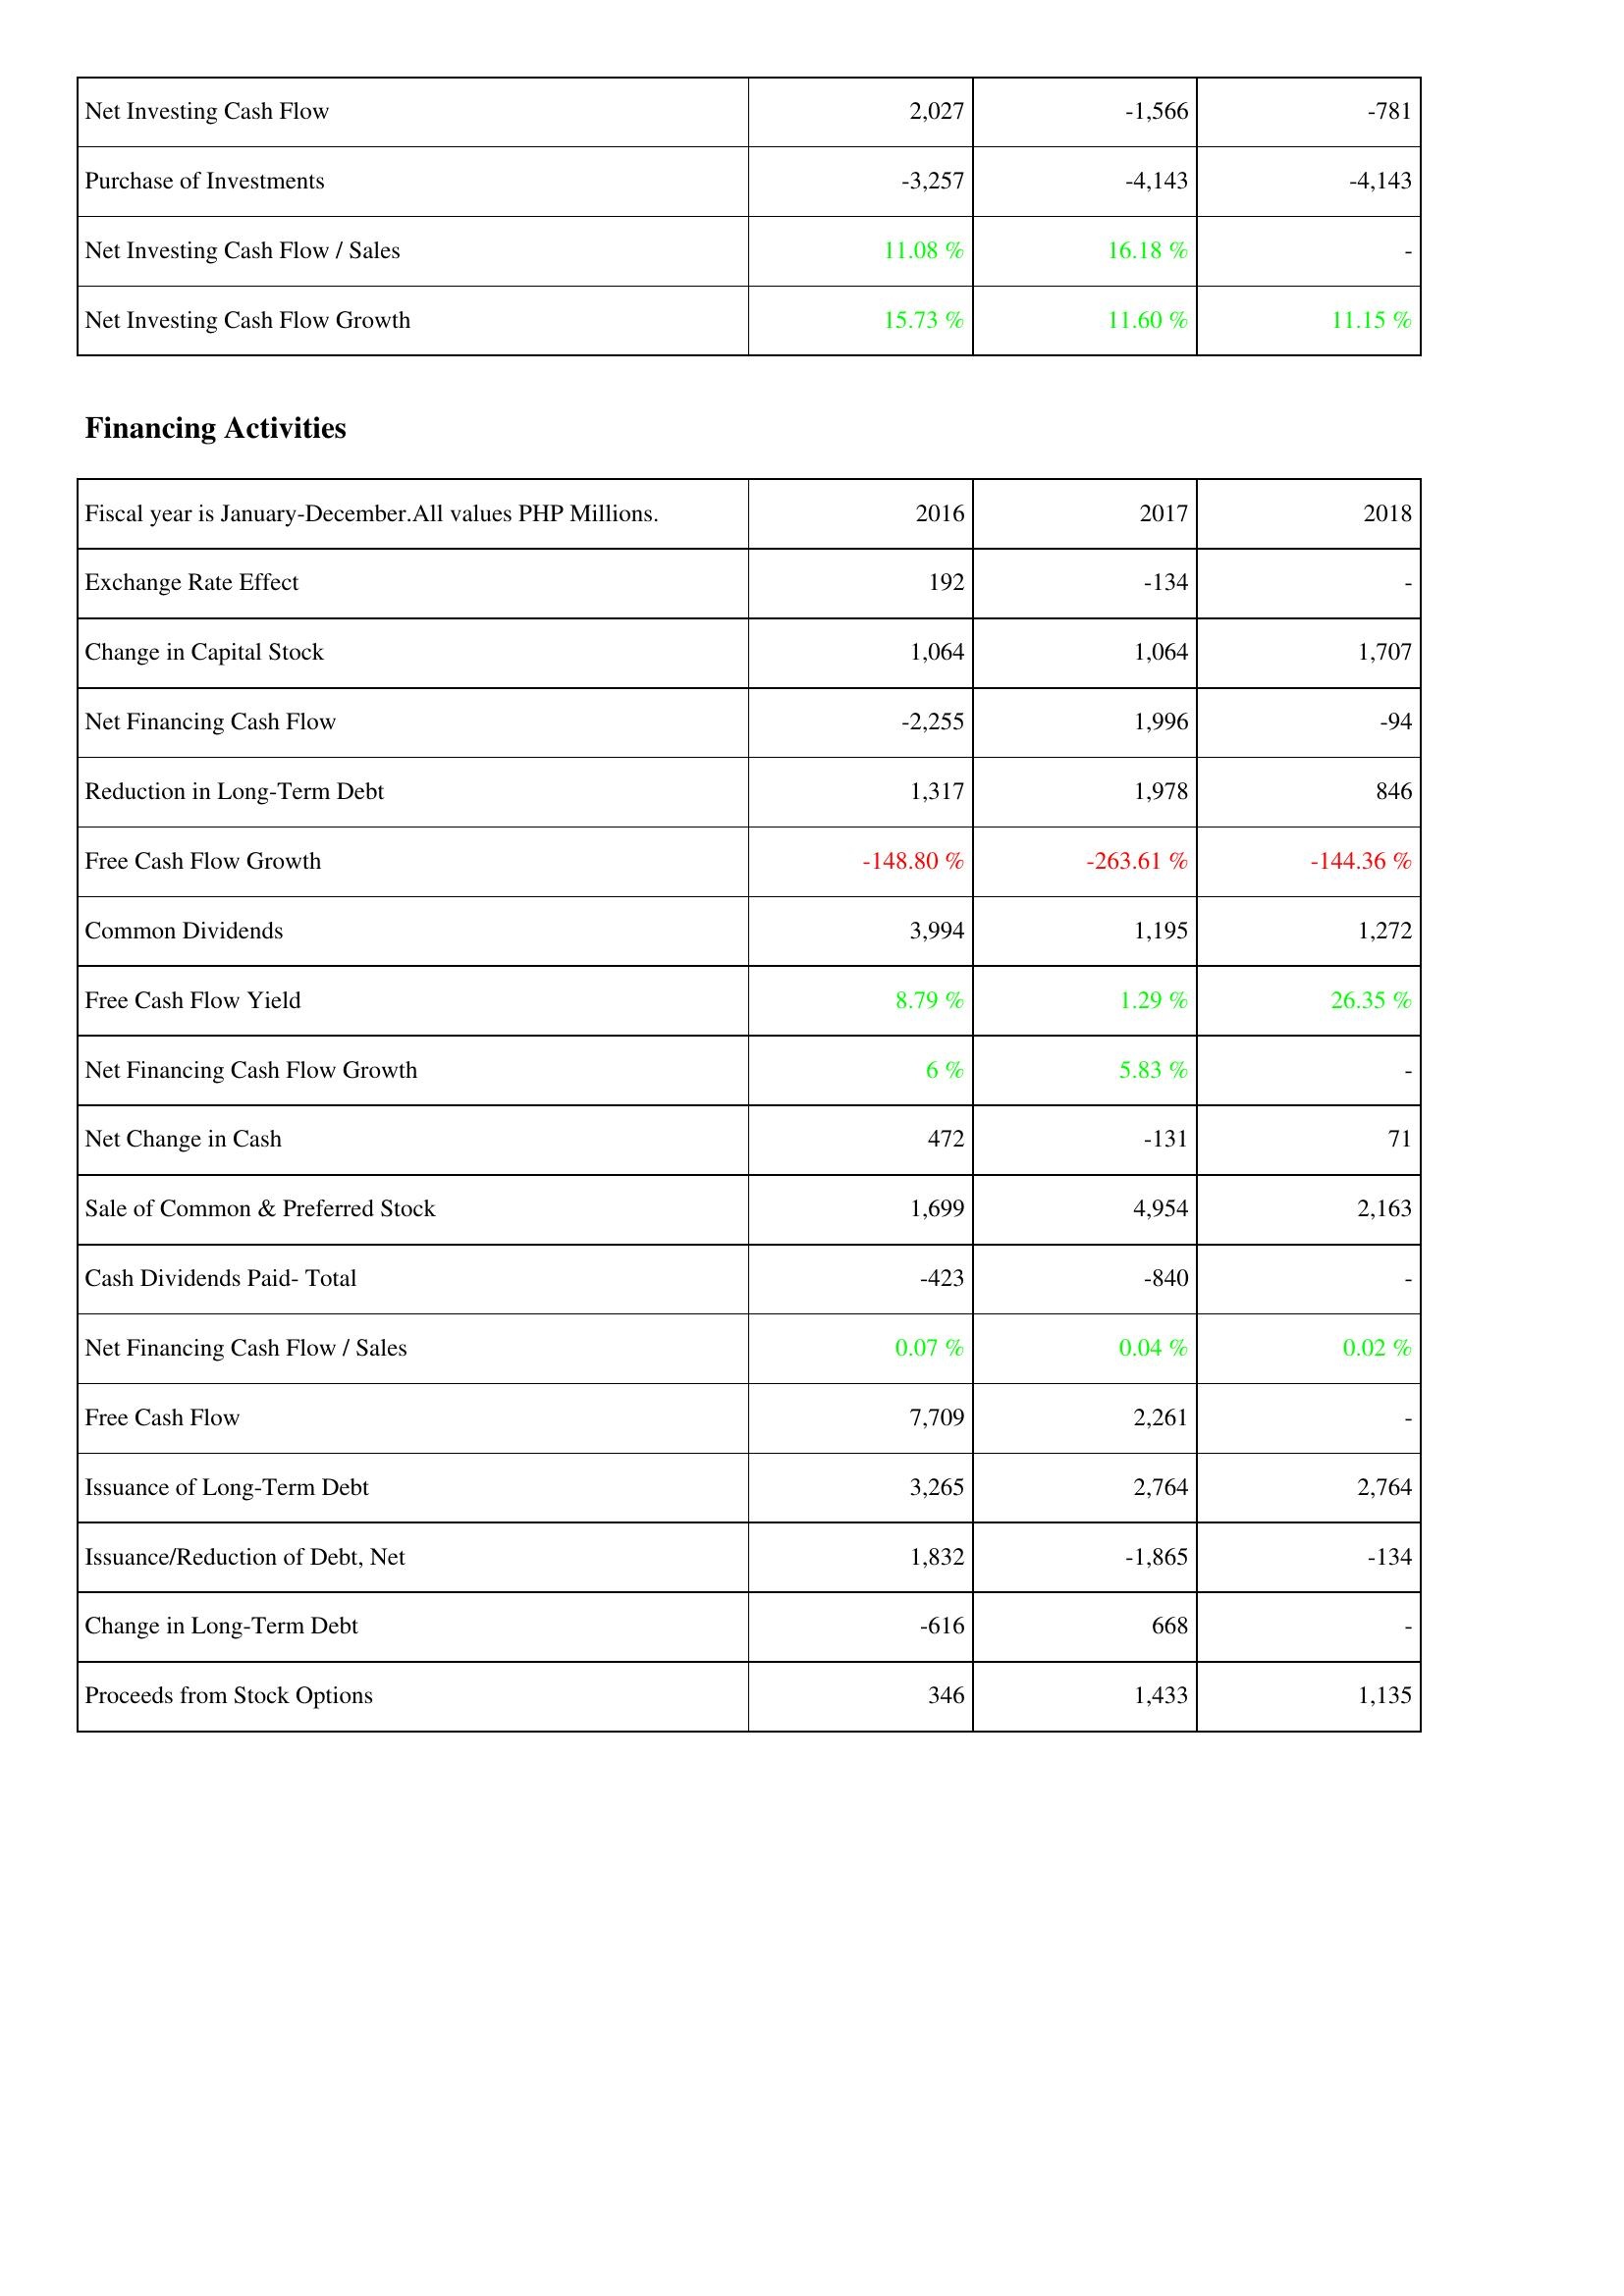
2016: Investing Activities: Net Investing Cash Flow: 2,027
Purchase of Investments: -3,257
Net Investing Cash Flow / Sales: 11.08 %
Net Investing Cash Flow Growth: 15.73 %
Financing Activities: Exchange Rate Effect: 192
Change in Capital Stock: 1,064
Net Financing Cash Flow: -2,255
Reduction in Long-Term Debt: 1,317
Free Cash Flow Growth: -148.80 %
Common Dividends: 3,994
Free Cash Flow Yield: 8.79 %
Net Financing Cash Flow Growth: 6 %
Net Change in Cash: 472
Sale of Common & Preferred Stock: 1,699
Cash Dividends Paid- Total: -423
Net Financing Cash Flow / Sales: 0.07 %
Free Cash Flow: 7,709
Issuance of Long-Term Debt: 3,265
Issuance/Reduction of Debt, Net: 1,832
Change in Long-Term Debt: -616
Proceeds from Stock Options: 346
2017: Investing Activities: Net Investing Cash Flow: -1,566
Purchase of Investments: -4,143
Net Investing Cash Flow / Sales: 16.18 %
Net Investing Cash Flow Growth: 11.60 %
Financing Activities: Exchange Rate Effect: -134
Change in Capital Stock: 1,064
Net Financing Cash Flow: 1,996
Reduction in Long-Term Debt: 1,978
Free Cash Flow Growth: -263.61 %
Common Dividends: 1,195
Free Cash Flow Yield: 1.29 %
Net Financing Cash Flow Growth: 5.83 %
Net Change in Cash: -131
Sale of Common & Preferred Stock: 4,954
Cash Dividends Paid- Total: -840
Net Financing Cash Flow / Sales: 0.04 %
Free Cash Flow: 2,261
Issuance of Long-Term Debt: 2,764
Issuance/Reduction of Debt, Net: -1,865
Change in Long-Term Debt: 668
Proceeds from Stock Options: 1,433
2018: Investing Activities: Net Investing Cash Flow: -781
Purchase of Investments: -4,143
Net Investing Cash Flow / Sales: -
Net Investing Cash Flow Growth: 11.15 %
Financing Activities: Exchange Rate Effect: -
Change in Capital Stock: 1,707
Net Financing Cash Flow: -94
Reduction in Long-Term Debt: 846
Free Cash Flow Growth: -144.36 %
Common Dividends: 1,272
Free Cash Flow Yield: 26.35 %
Net Financing Cash Flow Growth: -
Net Change in Cash: 71
Sale of Common & Preferred Stock: 2,163
Cash Dividends Paid- Total: -
Net Financing Cash Flow / Sales: 0.02 %
Free Cash Flow: -
Issuance of Long-Term Debt: 2,764
Issuance/Reduction of Debt, Net: -134
Change in Long-Term Debt: -
Proceeds from Stock Options: 1,135